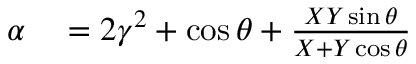
\begin{array} { r l } { \alpha } & { { } = 2 \gamma ^ { 2 } + \cos \theta + \frac { X Y \sin \theta } { X + Y \cos \theta } } \end{array}